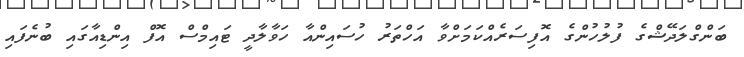
ބަންގްލަދޭޝްގެ ފުލުހުންގެ އޮފިސަރެއްކަމަށްވާ އަހްތަރު ހުސައިންއާ ހަވާލާދީ ޓައިމްސް އޮފް އިންޑިއާގައި ބުނެފައި